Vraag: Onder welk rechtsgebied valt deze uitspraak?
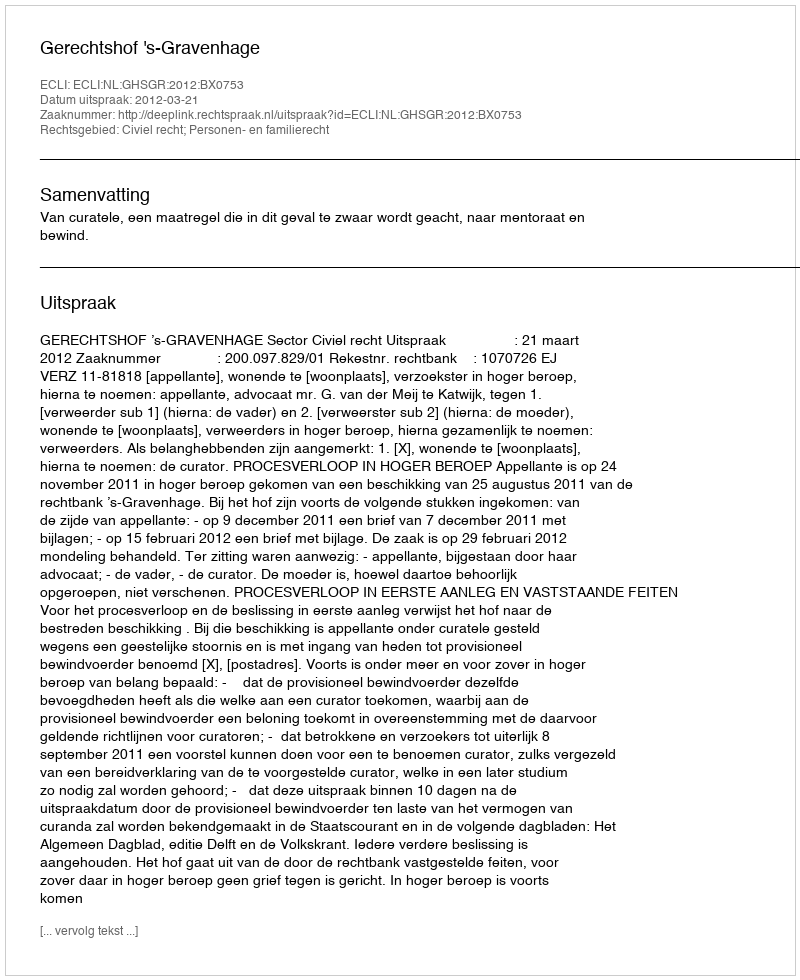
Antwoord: Civiel recht; Personen- en familierecht